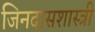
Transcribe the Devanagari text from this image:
जिनदासशास्त्री